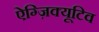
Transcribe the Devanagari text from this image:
ऐग्ज़िक्यूटिव